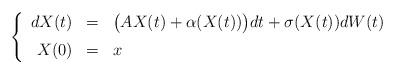
LaTeX: \begin{align*}\left\{\begin{array}{rcl}dX(t) & = & \big( A X(t) + \alpha(X(t)) \big) dt + \sigma(X(t)) dW(t)\medskip\\ X(0) & = & x\end{array}\right.\end{align*}